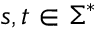
s , t \in \Sigma ^ { * }